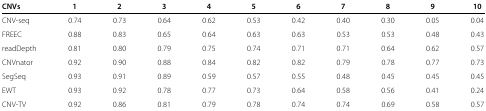
| CNVs | 1 | 2 | 3 | 4 | 5 | 6 | 7 | 8 | 9 | 10 |
 | --- | --- | --- | --- | --- | --- | --- | --- | --- | --- | --- |
 | CNV-seq | 0.74 | 0.73 | 0.64 | 0.62 | 0.53 | 0.42 | 0.40 | 0.30 | 0.05 | 0.04 |
 | FREEC | 0.88 | 0.83 | 0.65 | 0.64 | 0.63 | 0.63 | 0.53 | 0.53 | 0.48 | 0.43 |
 | readDepth | 0.81 | 0.80 | 0.79 | 0.75 | 0.74 | 0.71 | 0.71 | 0.64 | 0.62 | 0.57 |
 | CNVnator | 0.92 | 0.90 | 0.88 | 0.84 | 0.82 | 0.82 | 0.79 | 0.78 | 0.77 | 0.73 |
 | SegSeq | 0.93 | 0.91 | 0.89 | 0.59 | 0.57 | 0.55 | 0.48 | 0.45 | 0.45 | 0.45 |
 | EWT | 0.93 | 0.92 | 0.78 | 0.77 | 0.73 | 0.64 | 0.58 | 0.56 | 0.41 | 0.24 |
 | CNV-TV | 0.92 | 0.86 | 0.81 | 0.79 | 0.78 | 0.74 | 0.74 | 0.69 | 0.58 | 0.57 |